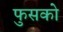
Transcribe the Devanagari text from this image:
फुसको